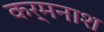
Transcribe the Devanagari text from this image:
कर्मनाश